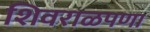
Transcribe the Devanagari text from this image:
शिवराळपणा